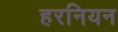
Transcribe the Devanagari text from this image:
हरनियन